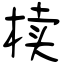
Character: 椟